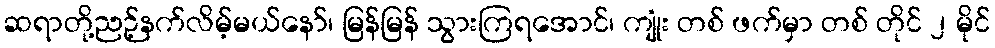
ဆရာတို့ညဉ့်နက်လိမ့်မယ်နော်၊ မြန်မြန် သွားကြရအောင်၊ ကျုံး တစ် ဖက်မှာ တစ် တိုင် ၂ မိုင်